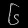
Digit: ၆